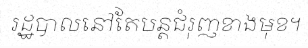
រដ្ឋបាលនៅតែបន្តជំរុញខាងមុខ។